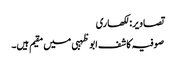
تصاویر: لکھاری
صوفیہ کاشف ابو ظہبی میں مقیم ہیں۔